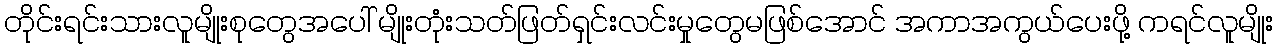
တိုင်းရင်းသားလူမျိုးစုတွေအပေါ် မျိုးတုံးသတ်ဖြတ်ရှင်းလင်းမှုတွေမဖြစ်အောင် အကာအကွယ်ပေးဖို့ ကရင်လူမျိုး